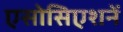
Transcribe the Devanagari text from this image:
एसोसिएशनें